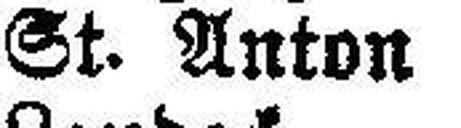
St. Anton